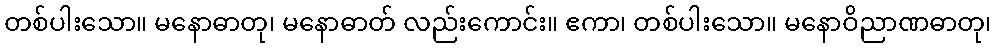
တစ်ပါးသော။ မနောဓာတု၊ မနောဓာတ် လည်းကောင်း။ ဧကာ၊ တစ်ပါးသော။ မနောဝိညာဏဓာတု၊